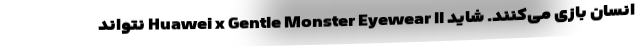
انسان بازی می‌کنند. شاید Huawei x Gentle Monster Eyewear II نتواند